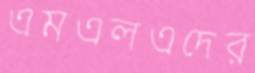
এমএলএদের